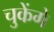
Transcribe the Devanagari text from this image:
चुकेंगे